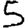
Digit: 5